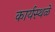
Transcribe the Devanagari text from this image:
कार्यस्थळे